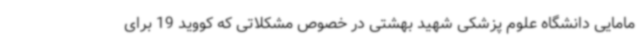
مامایی دانشگاه علوم پزشکی شهید بهشتی در خصوص مشکلاتی که کووید 19 برای